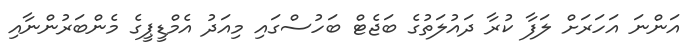
އަންނަ އަހަރަށް ލަފާ ކުރާ ދައުލަތުގެ ބަޖެޓް ބަހުސްގައި މިއަދު އެމްޑީޕީގެ މެންބަރުންނާއި